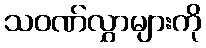
သဝဏ်လွှာများကို